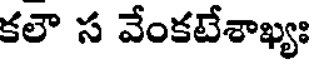
కలౌ స వేంకటేశాఖ్యః